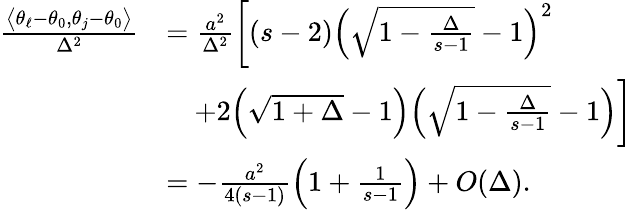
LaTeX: \begin{array}{rl}{\frac{\big\langle\theta_{\ell}-\theta_{0},\theta_{j}-\theta_{0}\big\rangle}{\Delta^{2}}}&{=\frac{a^{2}}{\Delta^{2}}\bigg[(s-2)\Big(\sqrt{1-\frac{\Delta}{s-1}}-1\Big)^{2}}\\ &{\quad+2\Big(\sqrt{1+\Delta}-1\Big)\Big(\sqrt{1-\frac{\Delta}{s-1}}-1\Big)\bigg]}\\ &{=-\frac{a^{2}}{4(s-1)}\Big(1+\frac{1}{s-1}\Big)+O(\Delta).}\end{array}